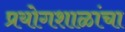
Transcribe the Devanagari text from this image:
प्रयोगशाळांचा